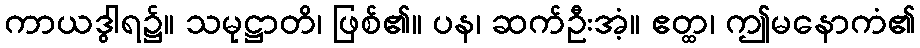
ကာယဒွါရ၌။ သမုဋ္ဌာတိ၊ ဖြစ်၏။ ပန၊ ဆက်ဦးအံ့။ ဧတ္ထ၊ ဤမနောကံ၏